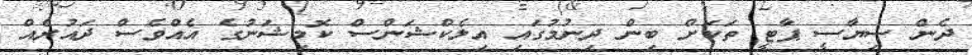
ދެން ސިޔާސީ ޕާޓީ ތަކަށް ބިން ދިނުމުގައި އިލެކްޝަންސް ކޮމިޝަނުގެ އެއްވެސް ދައުރެއް